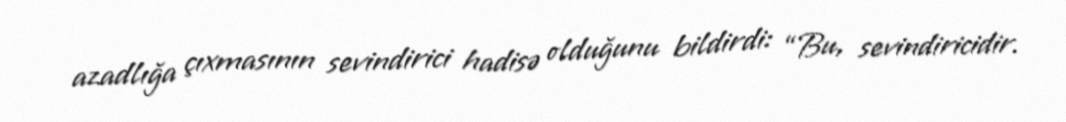
azadlığa çıxmasının sevindirici hadisə olduğunu bildirdi: “Bu, sevindiricidir.